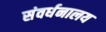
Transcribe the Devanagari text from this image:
संवर्धनालय